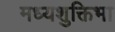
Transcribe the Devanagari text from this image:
मध्यशुक्तिभा